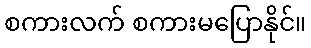
စကားလက် စကားမပြောနိုင်။